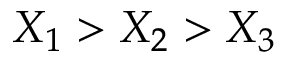
X _ { 1 } > X _ { 2 } > X _ { 3 }